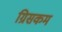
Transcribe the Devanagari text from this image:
ग्रिसकम